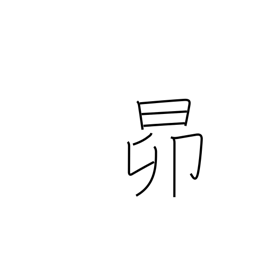
Meaning: the Pleiades